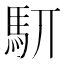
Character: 䭶